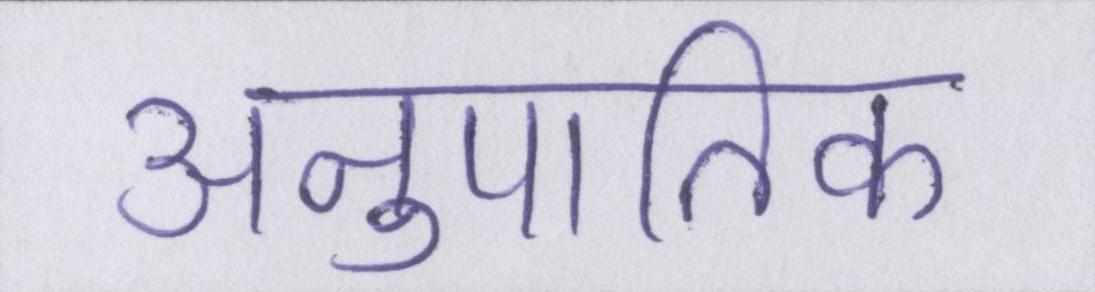
अनुपातिक